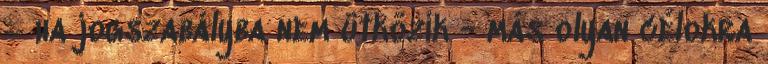
– ha jogszabályba nem ütközik - más olyan célokra